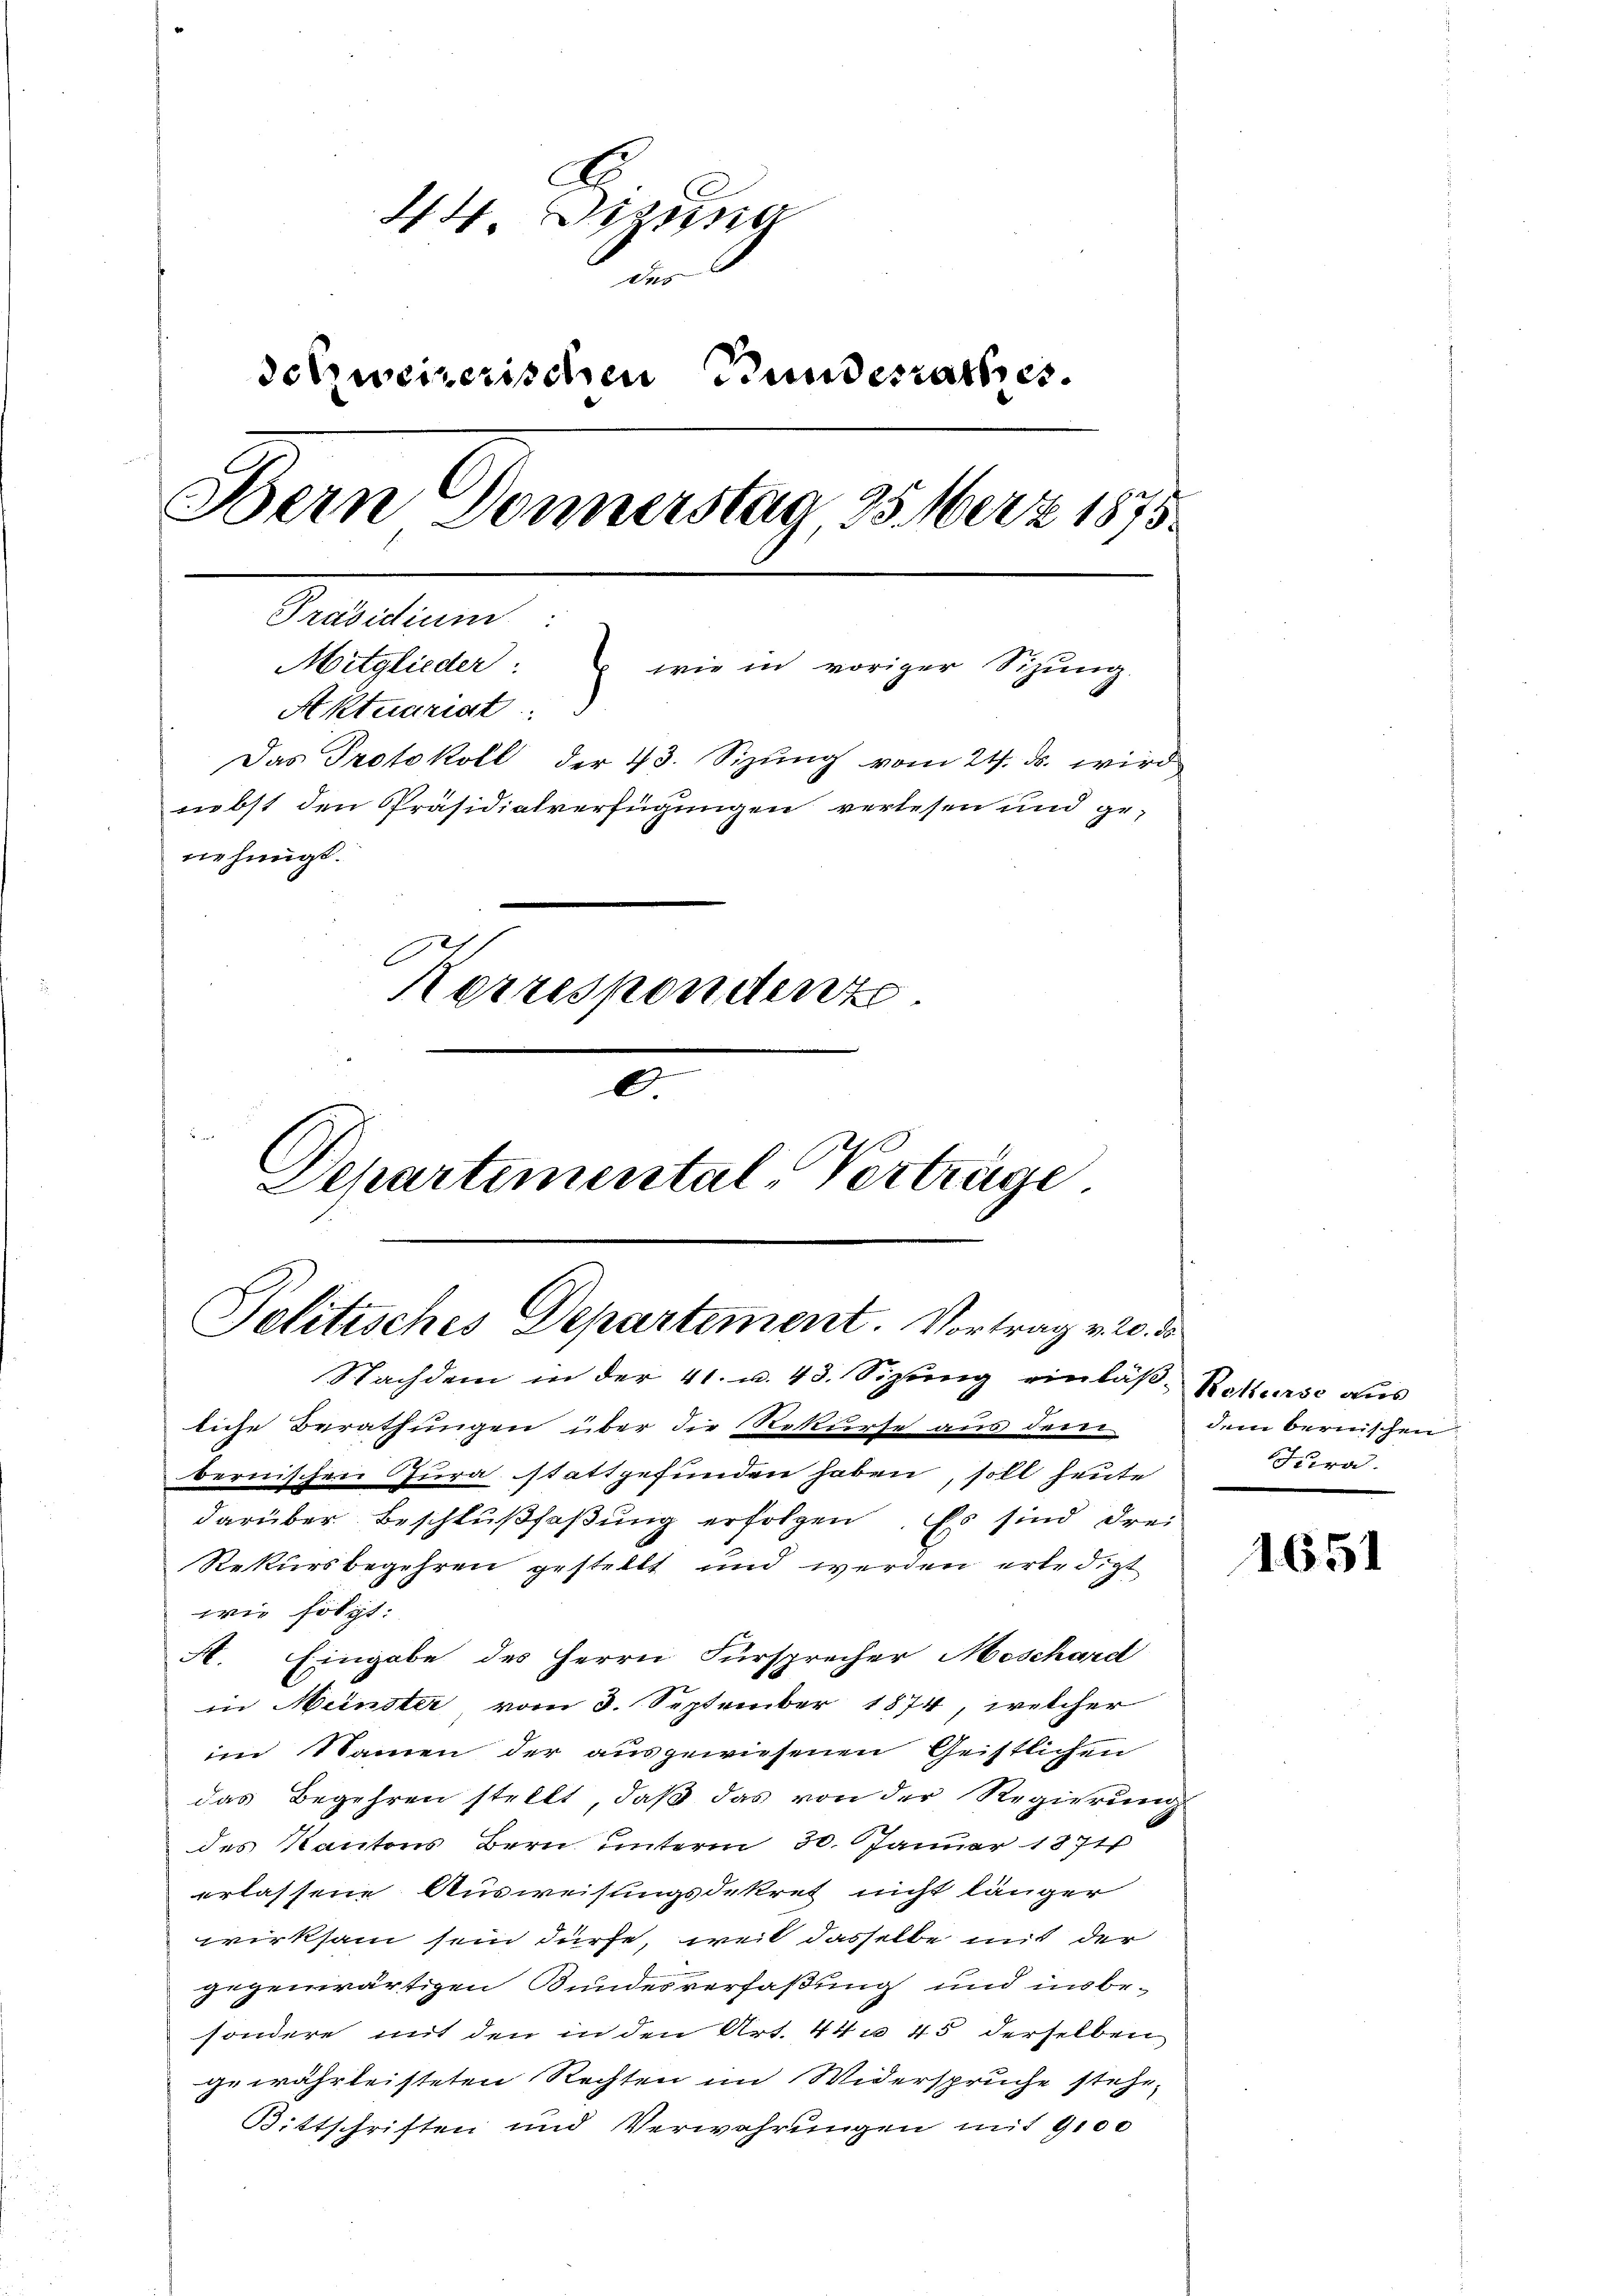
G
44. Dien
u
detzweizerischen Bundesrathes.
Bern Donnerstag 25. Merz 1875.
Präsidium
Mitglieder: wie in voriger Schŭng.
Aktuariat
Das Protokoll der 43. Sizung vom 21. ds. wird
nebst den Präsidialverfügungen verlesen und genehmigt.
Korrespondenze
0
Departemental-Verträge

Politisches Departement. Vortrag v. 20. ds.
Nachdem in der 41. u. 43. Sizung einläß-Rekurse aus

liche Berathungen über die Rekurse aus dem
bernischen Jura stattgefunden haben, soll heute
darüber Beschlußfaßung erfolgen. Es sind drei
Rekursbegehren gestellt und werden erledigt
wie folgt:
A. Eingabe des Herrn Fürsprecher Moschard
in Münster vom 3. September 1874, welcher
im Namen der ausgewiesenen Geistlichen
das Begehren stellt, daß das von der Regierung
des Kantons Bern unterm 30. Januar 1871
erlassene Ausweisungsdekret nicht länger
wirksam sein dürfe, weil dasselbe mit der
gegenwärtigen Bundesverfaßung und insbe-
sondere mit den in den Art. 442 45 derselben
gewährleisteten Rechten im Widerspruche stehe
Bittschriften und Verwahrungen mit 9100

dem bernischen
Jura.

1651